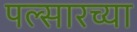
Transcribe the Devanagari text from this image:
पल्सारच्या